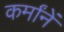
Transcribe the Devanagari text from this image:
कर्मांनें